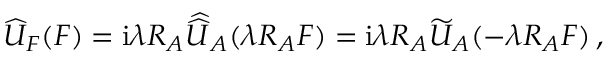
\widehat U _ { F } ( \boldsymbol F ) = { \mathrm { i } \lambda R _ { A } } \, \widehat { \! \widehat U } _ { A } ( \lambda R _ { A } \boldsymbol F ) = \mathrm { i } \lambda R _ { A } \widetilde U _ { A } ( - \lambda R _ { A } \boldsymbol F ) \, ,